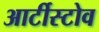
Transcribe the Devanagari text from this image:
आर्टीस्टोव